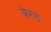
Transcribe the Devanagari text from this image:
केरलं